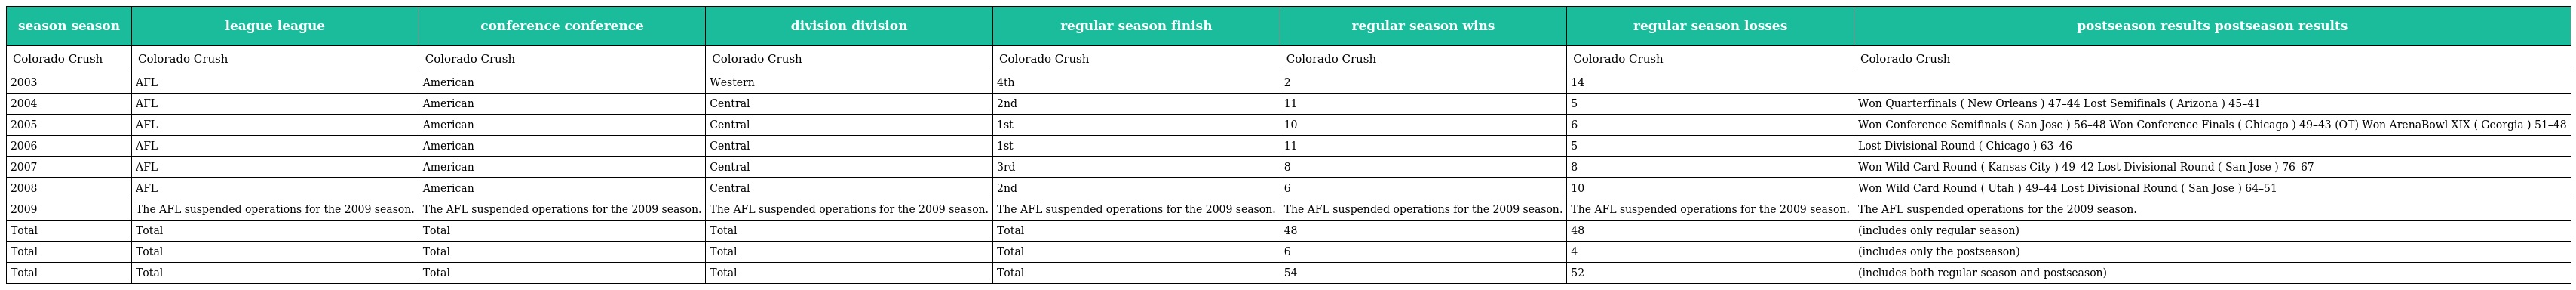
| season season | league league | conference conference | division division | regular season finish | regular season wins | regular season losses | postseason results postseason results |
 | --- | --- | --- | --- | --- | --- | --- | --- |
 | Colorado Crush | Colorado Crush | Colorado Crush | Colorado Crush | Colorado Crush | Colorado Crush | Colorado Crush | Colorado Crush |
 | 2003 | AFL | American | Western | 4th | 2 | 14 |  |
 | 2004 | AFL | American | Central | 2nd | 11 | 5 | Won Quarterfinals ( New Orleans ) 47–44 Lost Semifinals ( Arizona ) 45–41 |
 | 2005 | AFL | American | Central | 1st | 10 | 6 | Won Conference Semifinals ( San Jose ) 56–48 Won Conference Finals ( Chicago ) 49–43 (OT) Won ArenaBowl XIX ( Georgia ) 51–48 |
 | 2006 | AFL | American | Central | 1st | 11 | 5 | Lost Divisional Round ( Chicago ) 63–46 |
 | 2007 | AFL | American | Central | 3rd | 8 | 8 | Won Wild Card Round ( Kansas City ) 49–42 Lost Divisional Round ( San Jose ) 76–67 |
 | 2008 | AFL | American | Central | 2nd | 6 | 10 | Won Wild Card Round ( Utah ) 49–44 Lost Divisional Round ( San Jose ) 64–51 |
 | 2009 | The AFL suspended operations for the 2009 season. | The AFL suspended operations for the 2009 season. | The AFL suspended operations for the 2009 season. | The AFL suspended operations for the 2009 season. | The AFL suspended operations for the 2009 season. | The AFL suspended operations for the 2009 season. | The AFL suspended operations for the 2009 season. |
 | Total | Total | Total | Total | Total | 48 | 48 | (includes only regular season) |
 | Total | Total | Total | Total | Total | 6 | 4 | (includes only the postseason) |
 | Total | Total | Total | Total | Total | 54 | 52 | (includes both regular season and postseason) |